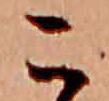
こ